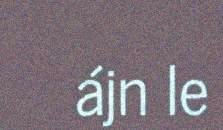
ájn le